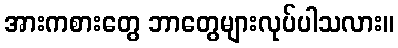
အားကစားတွေ ဘာတွေများလုပ်ပါသလား။